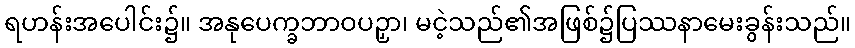
ရဟန်းအပေါင်း၌။ အနုပေက္ခဘာဝပဉှာ၊ မငဲ့သည်၏အဖြစ်၌ပြဿနာမေးခွန်းသည်။